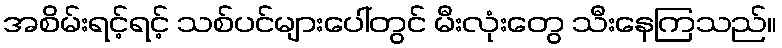
အစိမ်းရင့်ရင့် သစ်ပင်များပေါ်တွင် မီးလုံးတွေ သီးနေကြသည်။